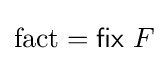
\operatorname {fact} ={\textsf {fix}}\ F